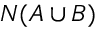
N ( A \cup B )